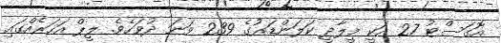
އޮގަސްޓު 27 އަކީ މީލާދީ ކަލަންޑަރުގެ 239 ވަނަ ދުވަހެވެ. ލީޕް އަހަރެއްގައި